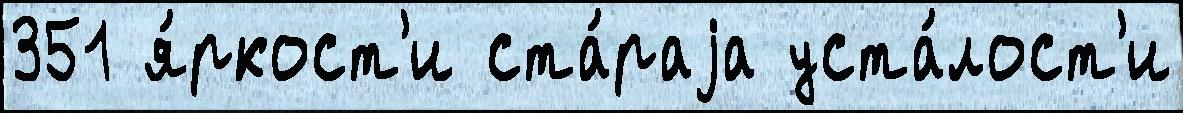
351 я́ркост'и ста́раjа уста́лост'и